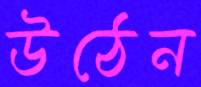
উঠেন